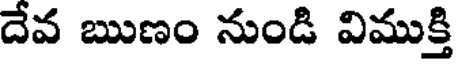
దేవ ఋణం నుండి విముక్తి